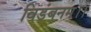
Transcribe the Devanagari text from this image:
विडंबनम।।